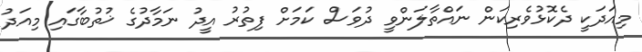
މިއަދަކީ ދެކޮޅުވެރިކަން ނައްތާލަންވީ ދުވަސް ކަމަށް ފިތުރު އީދު ނަމާދުގެ ޚުތުބާގައި މިއަދު